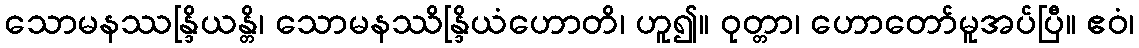
သောမနဿန္ဒြိယန္တိ၊ သောမနဿိန္ဒြိယံဟောတိ၊ ဟူ၍။ ဝုတ္တာ၊ ဟောတော်မူအပ်ပြီ။ ဧဝံ၊